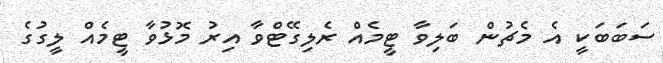
ސަބަބަކީ އެ މެޗުން ބަލިވާ ޓީމެއް ރެލިގޭޓްވާ އިރު މޮޅުވާ ޓީމެއް ލީގުގެ